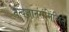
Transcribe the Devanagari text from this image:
तत्वज्ञानसंमिलित